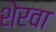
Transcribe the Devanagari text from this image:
शेरवा